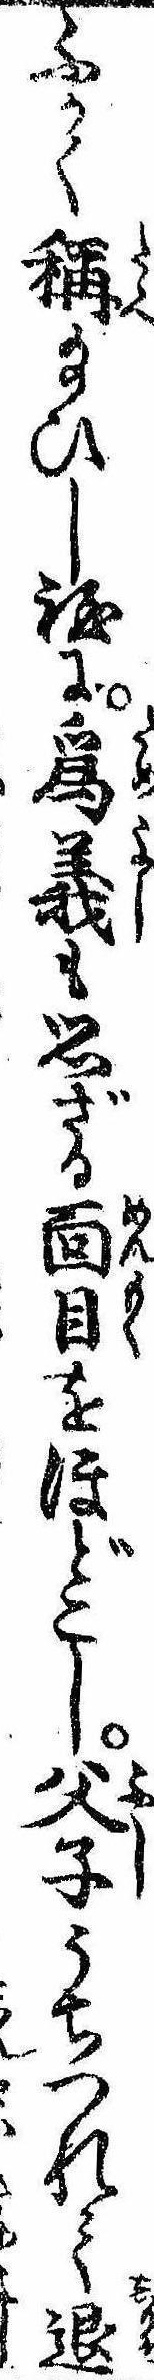
ふかく称給ひし程に為義も思ざる面目をほどこし父子うちつれて退